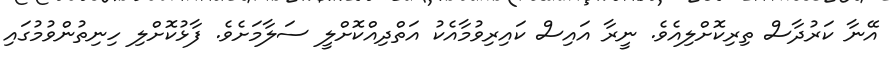
އޭނާ ކަރުދާސް ތިރިކޮށްލިއެވެ. ނީރާ އައިސް ކައިރިވުމާއެކު އަތްދިއްކޮށްލީ ސަލާމަށެވެ. ފާޅުކޮށްލި ހިނިތުންވުމުގައި